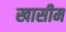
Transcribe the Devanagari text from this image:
खासीम